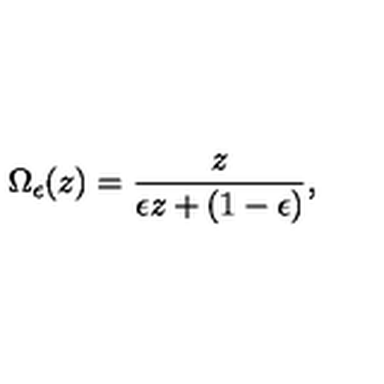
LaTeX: \Omega _ { \epsilon } ( z ) = { \frac { z } { \epsilon z + ( 1 - \epsilon ) } } ,